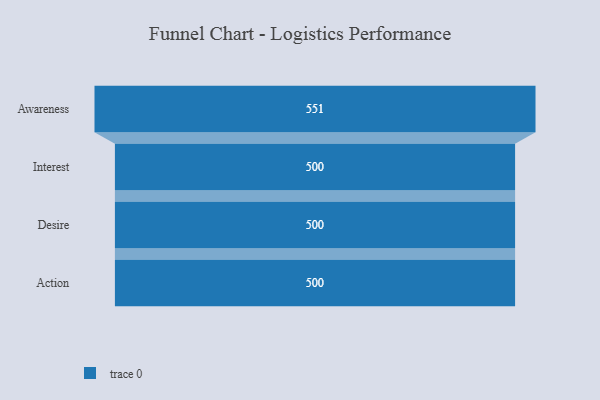
{"axis": {"x": "Stage", "y": "Value"}, "legend": [""], "data": [{"x": "Awareness", "y": 551.0, "type": ""}, {"x": "Interest", "y": 500, "type": ""}, {"x": "Desire", "y": 500, "type": ""}, {"x": "Action", "y": 500, "type": ""}]}